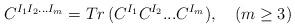
LaTeX: \begin{align*}C^{I_1 I_2 ...I_m} = Tr \, (C^{I_1} C^{I_2}...C^{I_m}), \quad (m \geq 3)\end{align*}